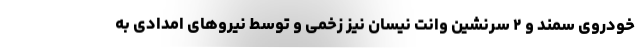
خودروی سمند و ۲ سرنشین وانت نیسان نیز زخمی و توسط نیروهای امدادی به